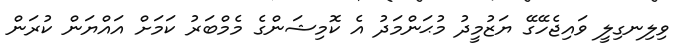
ވިލިނގިލީ ވައިޖެހޭގޭ ޔަޒުމީދު މުޙަންމަދު އެ ކޮމިޝަންގެ މެމްބަރު ކަމަށް އައްޔަން ކުރަން